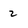
Character: 2